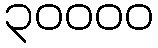
၃၀၀၀၀